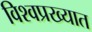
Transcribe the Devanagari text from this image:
विश्वप्रख्यात